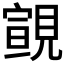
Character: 𧡢